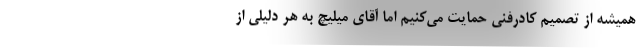
همیشه از تصمیم کادرفنی حمایت می‌کنیم اما آقای میلیچ به هر دلیلی از